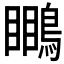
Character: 𪄊